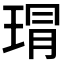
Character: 𤦛